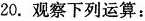
20. 观察下列运算：